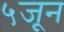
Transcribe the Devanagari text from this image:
५जून